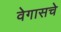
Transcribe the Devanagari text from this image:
वेगासचे